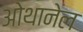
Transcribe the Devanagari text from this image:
ओथानेल